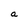
Character: a